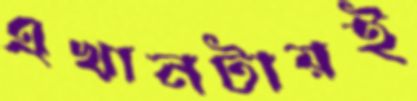
এখানটায়ই